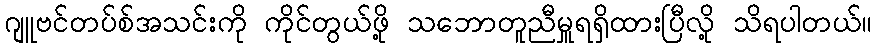
ဂျူဗင်တပ်စ်အသင်းကို ကိုင်တွယ်ဖို့ သဘောတူညီမှူရရှိထားပြီလို့ သိရပါတယ်။